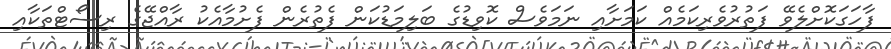
ފާހަގަކޮށްލެވޭ ފަތުރުވެރިކަމެއް ކަމަށާއި ނަމަވެސް ކޮވިޑުގެ ބަލިމަޑުކަން ފެތުރެން ފެށުމާއެކު ރާއްޖޭގެ ރިސޯޓްތަކާއި